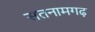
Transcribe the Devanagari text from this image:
सतनामगढ़